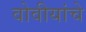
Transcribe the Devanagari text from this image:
वोवीयांचे